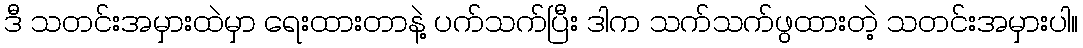
ဒီ သတင်းအမှားထဲမှာ ရေးထားတာနဲ့ ပက်သက်ပြီး ဒါက သက်သက်ဖွထားတဲ့ သတင်းအမှားပါ။